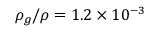
\rho _ { g } / \rho = 1 . 2 \times 1 0 ^ { - 3 }